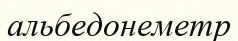
альбедонеметр